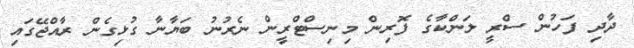
ދާދި ފަހުން ސްރީ ލަންކާގެ ފޮރިން މިނިސްޓްރީން ނެރުނު ބަޔާނާ ގުޅިގެން ރާއްޖޭގައި